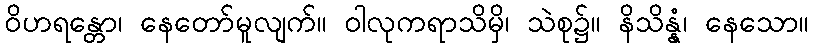
ဝိဟရန္တော၊ နေတော်မူလျက်။ ဝါလုကရာသိမှိ၊ သဲစု၌။ နိသိန္နံ၊ နေသော။